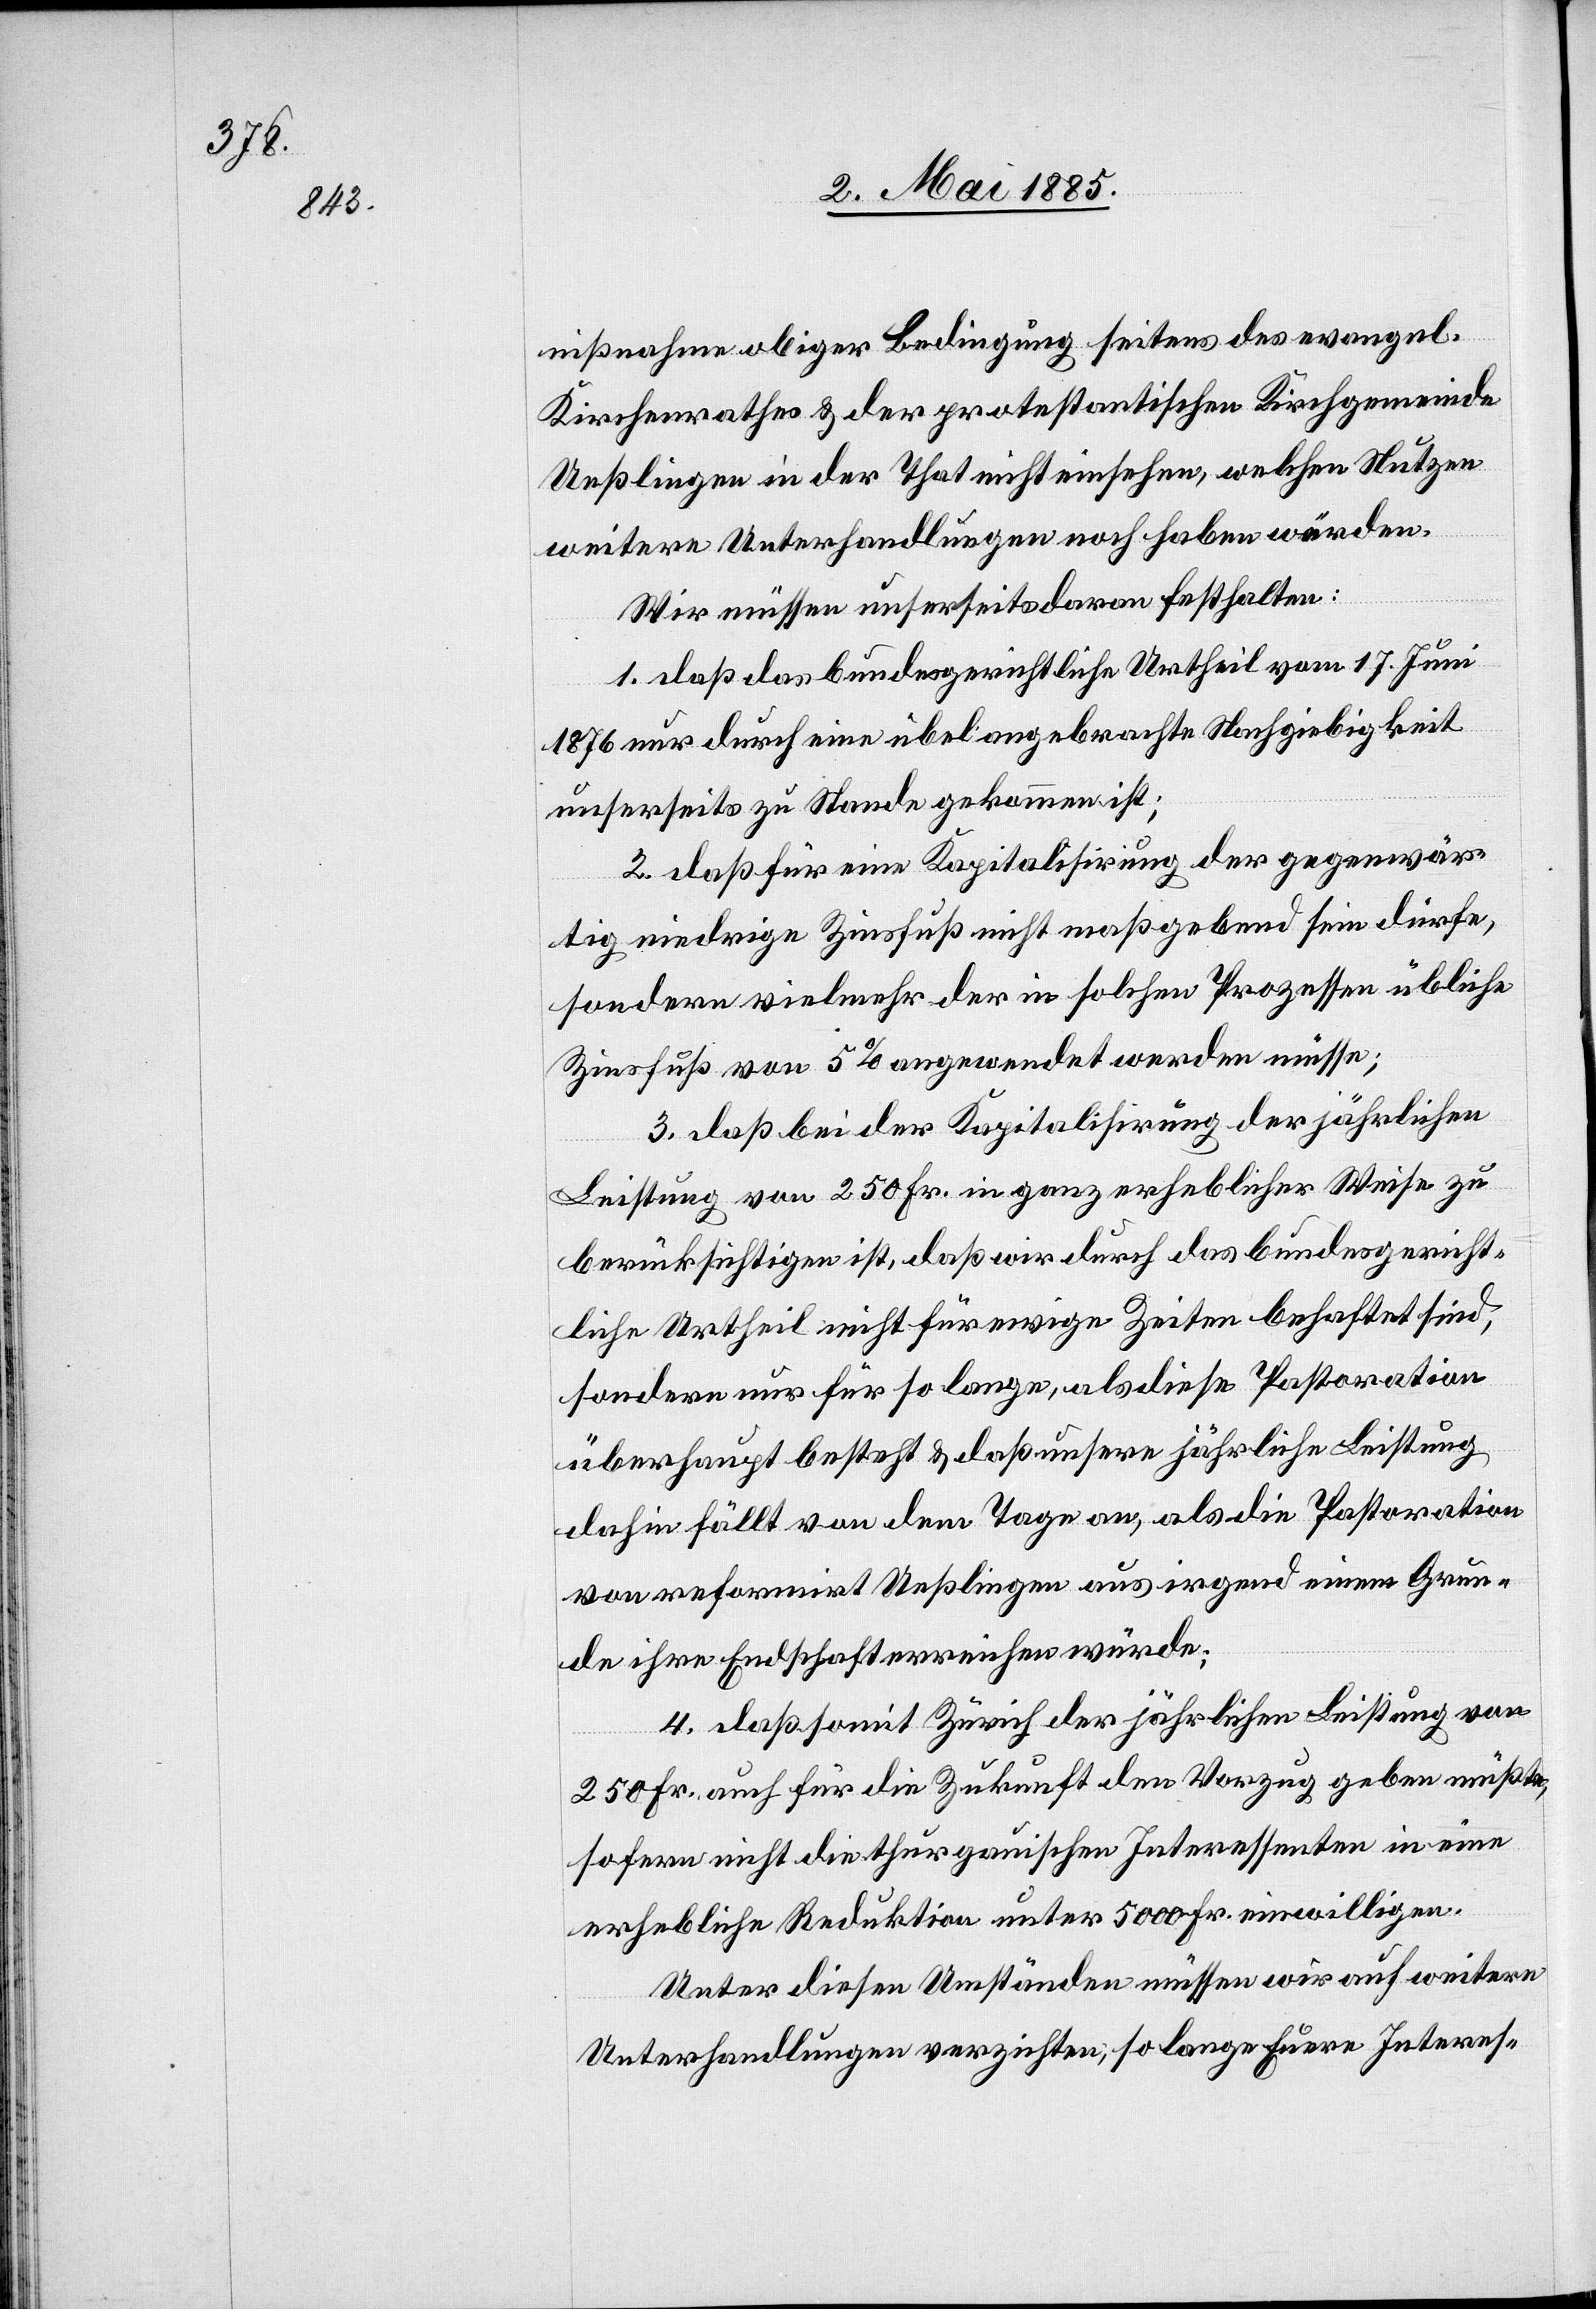
nißnahme obiger Bedingung seitens des evangel.
Kirchenrathes & der protestantischen Kirchgemeinde
Ueßlingen in der That nicht einsehen, welchen Nutzen
weitere Unterhandlungen noch haben würden.
Wir müssen unserseits daran festhalten:
1. daß das bundesgerichtliche Urtheil vom 17. Juni
1876 nur durch eine übel angebrachte Nachgiebigkeit
unserseits zu Stande gekommen ist;
2. daß für eine Kapitalisirung der gegenwär¬
tig niedrige Zinsfuß nicht maßgebend sein dürfe,
sondern vielmehr der in solchen Prozessen übliche
Zinsfuß von 5% angewendet werden müsse;
3. daß bei der Kapitalisirung der jährlichen
Leistung von 250 Fr. in ganz erheblicher Weise zu
berücksichtigen ist, daß wir durch das bundesgericht¬
liche Urtheil nicht für ewige Zeiten behaftet sind,
sondern nur für so lange, als diese Pastoration
überhaupt besteht & daß unsere jährliche Leistung
dahin fällt von dem Tage an, als die Pastoration
von reformirt Ueßlingen aus irgend einem Grun¬
de ihre Endschaft erreichen würde;
4. daß somit Zürich der jährlichen Leistung von
250 Fr. auch für die Zukunft den Vorzug geben müßte,
sofern nicht die thurgauischen Interessenten in eine
erhebliche Reduktion unter 5000 Fr. einwilligen.
Unter diesen Umständen müssen wir auf weitere
Unterhandlungen verzichten, so lange Euere Interes-